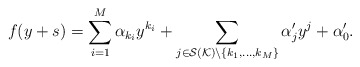
\begin{align*}f(y + s) = \sum_{i=1}^M \alpha_{k_i} y^{k_i} + \sum_{j \in \mathcal{S(K)} \backslash \{ k_1, ..., k_M \} } \alpha'_j y^j + \alpha'_0.\end{align*}